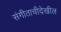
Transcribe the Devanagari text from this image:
संगीताचीदेखील